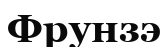
Фрунзэ